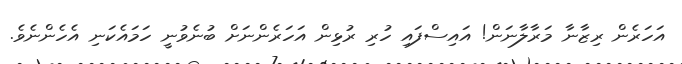
އަހަރެން ރިޒާނާ މަރާލާނަން! އައިސްފައި ހުރި ރުޅިން އަހަރެންނަށް ބުނެވުނީ ހަމައެކަނި އެހެންނެވެ.